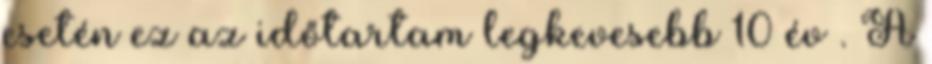
esetén ez az időtartam legkevesebb 10 év . A